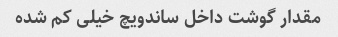
مقدار گوشت داخل ساندویچ خیلی کم شده